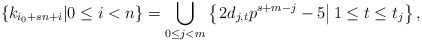
\begin{align*} \left\{k_{i_0+sn+i}|0\leq i<n\right\}=\bigcup_{0\leq j< m}\left\{\left.2d_{j,t}p^{s+m-j}-5\right|1\leq t\leq t_j\right\},\end{align*}